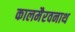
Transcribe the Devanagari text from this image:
कालमैरवनाथ